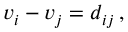
v _ { i } - v _ { j } = d _ { i j } \, ,